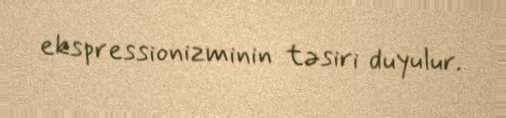
ekspressionizminin təsiri duyulur.